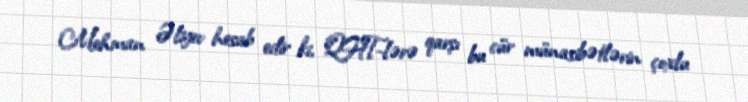
Mehman Əliyev hesab edir ki, QHT-lərə qarşı bu cür münasibətlərin çoxlu